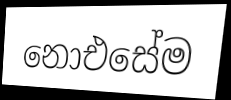
නොඑසේම